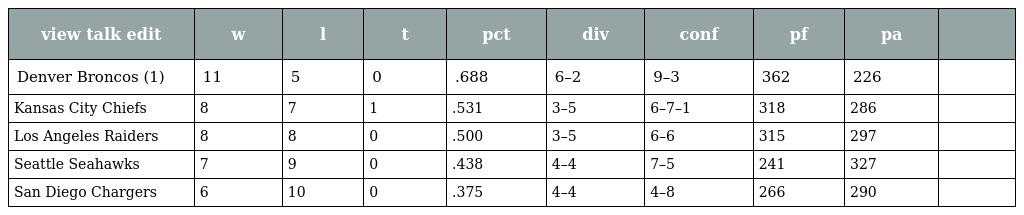
| view talk edit | w | l | t | pct | div | conf | pf | pa |  |
 | --- | --- | --- | --- | --- | --- | --- | --- | --- | --- |
 | Denver Broncos (1) | 11 | 5 | 0 | .688 | 6–2 | 9–3 | 362 | 226 |  |
 | Kansas City Chiefs | 8 | 7 | 1 | .531 | 3–5 | 6–7–1 | 318 | 286 |  |
 | Los Angeles Raiders | 8 | 8 | 0 | .500 | 3–5 | 6–6 | 315 | 297 |  |
 | Seattle Seahawks | 7 | 9 | 0 | .438 | 4–4 | 7–5 | 241 | 327 |  |
 | San Diego Chargers | 6 | 10 | 0 | .375 | 4–4 | 4–8 | 266 | 290 |  |